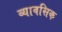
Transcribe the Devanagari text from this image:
व्यावसिक